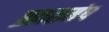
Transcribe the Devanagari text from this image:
ब्रह्मसमंध